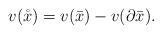
LaTeX: \begin{align*}v(\mathring{x}) = v(\bar{x}) - v(\partial \bar{x}).\end{align*}